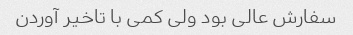
سفارش عالی بود ولی کمی با تاخیر آوردن